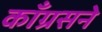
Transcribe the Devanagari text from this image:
काँग्रसने